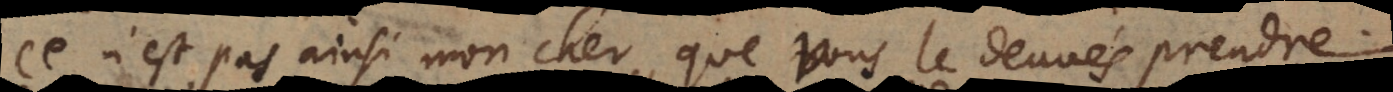
Ce n’est pas ainsi mon cher, que vous le deuvés prendre